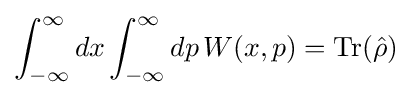
\int _{-\infty }^{\infty }dx\int _{-\infty }^{\infty }dp\,W(x,p)=\operatorname {Tr} ({\hat {\rho }})